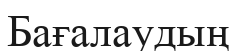
Бағалаудың